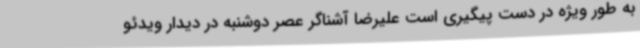
به طور ویژه در دست پیگیری است علیرضا آشناگر عصر دوشنبه در دیدار ویدئو